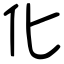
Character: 化